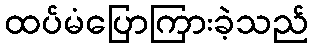
ထပ်မံပြောကြားခဲ့သည်